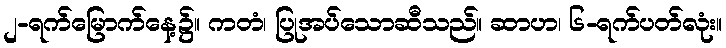
၂-ရက်မြောက်နေ့၌။ ကတံ၊ ပြုအပ်သောဆီသည်။ ဆာဟ၊ ၆-ရက်ပတ်လုံး။